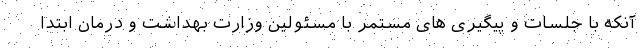
آنکه با جلسات و پیگیری های مستمر با مسئولین وزارت بهداشت و درمان ابتدا